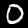
Label: 0